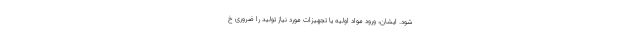
شود. ایشان، ورود مواد اولیه یا تجهیزات مورد نیاز تولید را ضروری خ